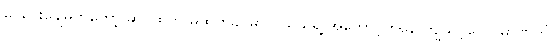
ငွေပေးချေမှုကိုတော့ ဆိုင်ထဲက မထွက်ခင်မှာ ဝယ်သူရဲ့ အကောင့်ကနေ ကျသင့်ငွေ ပမာဏကို